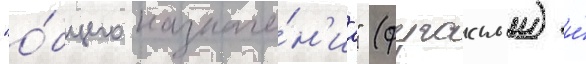
"о́бщего назначе́н'иа" (фугасныи) и́